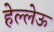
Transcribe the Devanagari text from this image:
हेल्लेऊ